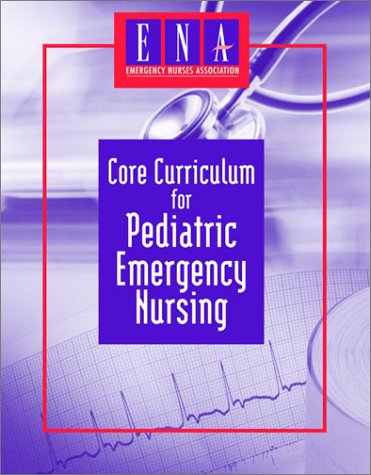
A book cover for Core Curriculum for Pediatric Emergency Nursing; ENA; Medical Books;